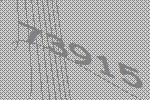
73915